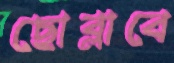
ছোব্‌লাবে